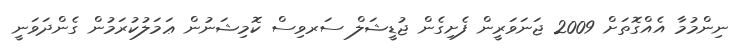
ނިންމުމާ އެއްގޮތަށް 2009 ޖަނަވަރީން ފެށިގެން ޖުޑީޝަލް ސަރވިސް ކޮމިޝަނުން ޢަމަލުކުރަމުން ގެންދަވަނީ